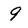
Character: 9